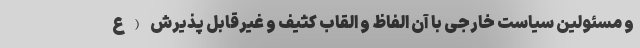
و مسئولین سیاست خارجی با آن الفاظ و القاب کثیف و غیرقابل پذیرش (ع